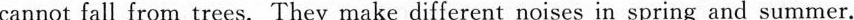
cannot fall from trees. They make different noises in spring and summer.